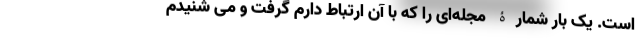
است. یک بار شمارۀ مجله‌ای را که با آن ارتباط دارم گرفت و می شنیدم